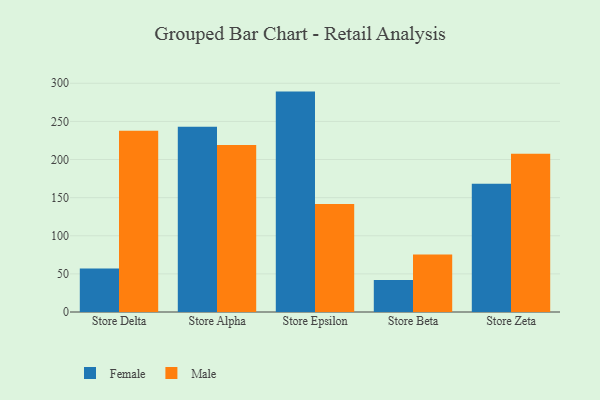
{"axis": {"x": "Store", "y": "Revenue (USD Million)"}, "legend": ["Female", "Male"], "data": [{"x": "Store Delta", "y": 57.1, "type": "Female"}, {"x": "Store Delta", "y": 237.8, "type": "Male"}, {"x": "Store Alpha", "y": 243.1, "type": "Female"}, {"x": "Store Alpha", "y": 219.0, "type": "Male"}, {"x": "Store Epsilon", "y": 289.1, "type": "Female"}, {"x": "Store Epsilon", "y": 141.6, "type": "Male"}, {"x": "Store Beta", "y": 42.0, "type": "Female"}, {"x": "Store Beta", "y": 75.3, "type": "Male"}, {"x": "Store Zeta", "y": 168.3, "type": "Female"}, {"x": "Store Zeta", "y": 207.6, "type": "Male"}]}